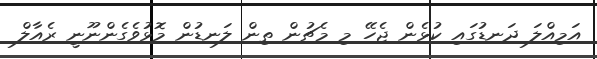
އަމިއްލަ ދަނޑުގައި ކުޅެން ޖެހޭ މި މެޗުން ތިން ލަނޑުން މޮޅުވެގެންނޫނީ ރެއާލް